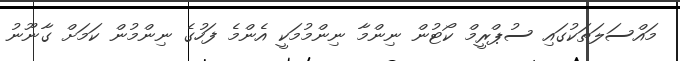
މައްސަލަތަކުގައި ސުޕްރީމް ކޯޓުން ނިންމާ ނިންމުމަކީ އެންމެ ފަހުގެ ނިންމުން ކަމަށް ގާނޫނު